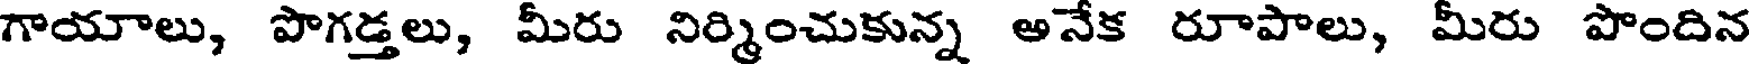
గాయాలు, పొగడ్తలు, మీరు నిర్మించుకున్న అనేక రూపాలు, మీరు పొందిన